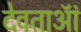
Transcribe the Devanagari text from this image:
देवताऑं